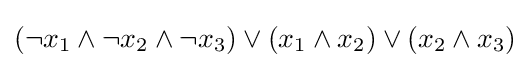
(\neg x_{1}\wedge \neg x_{2}\wedge \neg x_{3})\vee (x_{1}\wedge x_{2})\vee (x_{2}\wedge x_{3})